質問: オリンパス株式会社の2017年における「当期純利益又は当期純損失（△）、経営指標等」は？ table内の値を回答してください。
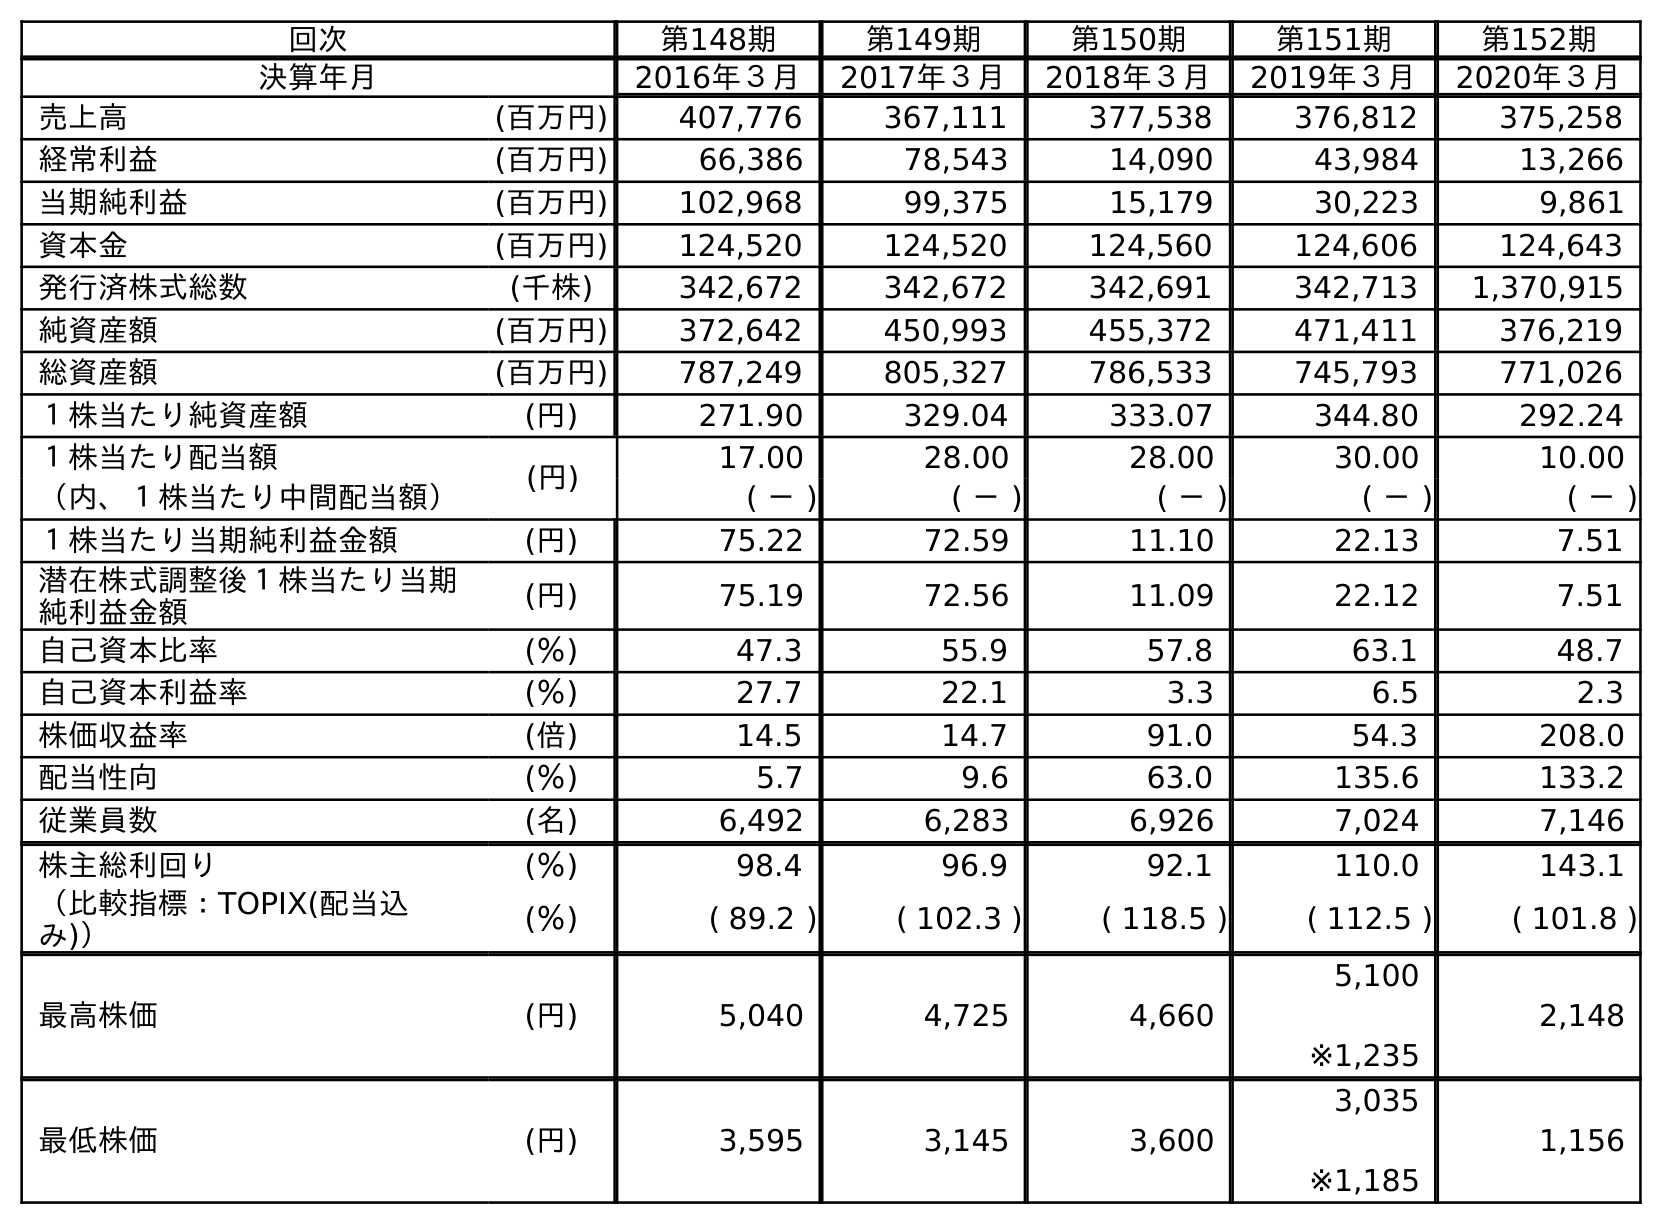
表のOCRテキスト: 回次 第148期 第149期 第150期 第151期 第152期 決算年月 2016年３月 2017年３月 2018年３月 2019年３月 2020年３月 売上高 (百万円) 407,776 367,111 377,538 376,812 375,258 経常利益 (百万円) 66,386 78,543 14,090 43,984 13,266 当期純利益 (百万円) 102,968 99,375 15,179 30,223 9,861 資本金 (百万円) 124,520 124,520 124,560 124,606 124,643 発行済株式総数 (千株) 342,672 342,672 342,691 342,713 1,370,915 純資産額 (百万円) 372,642 450,993 455,372 471,411 376,219 総資産額 (百万円) 787,249 805,327 786,533 745,793 771,026 １株当たり純資産額 (円) 271.90 329.04 333.07 344.80 292.24 １株当たり配当額 (円) 17.00 28.00 28.00 30.00 10.00 （内、１株当たり中間配当額） ( － ) ( － ) ( － ) ( － ) ( － ) １株当たり当期純利益金額 (円) 75.22 72.59 11.10 22.13 7.51 潜在株式調整後１株当たり当期 純利益金額 (円) 75.19 72.56 11.09 22.12 7.51 自己資本比率 (％) 47.3 55.9 57.8 63.1 48.7 自己資本利益率 (％) 27.7 22.1 3.3 6.5 2.3 株価収益率 (倍) 14.5 14.7 91.0 54.3 208.0 配当性向 (％) 5.7 9.6 63.0 135.6 133.2 従業員数 (名) 6,492 6,283 6,926 7,024 7,146 株主総利回り (％) 98.4 96.9 92.1 110.0 143.1 （比較指標：TOPIX(配当込 み)） (％) ( 89.2 ) ( 102.3 ) ( 118.5 ) ( 112.5 ) ( 101.8 ) 最高株価 (円) 5,040 4,725 4,660 5,100 ※1,235 2,148 最低株価 (円) 3,595 3,145 3,600 3,035 ※1,185 1,156
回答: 99,375